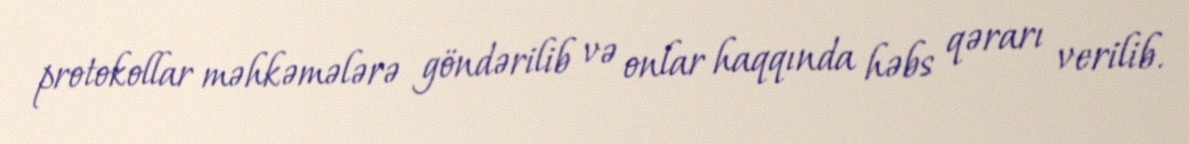
protokollar məhkəmələrə göndərilib və onlar haqqında həbs qərarı verilib.